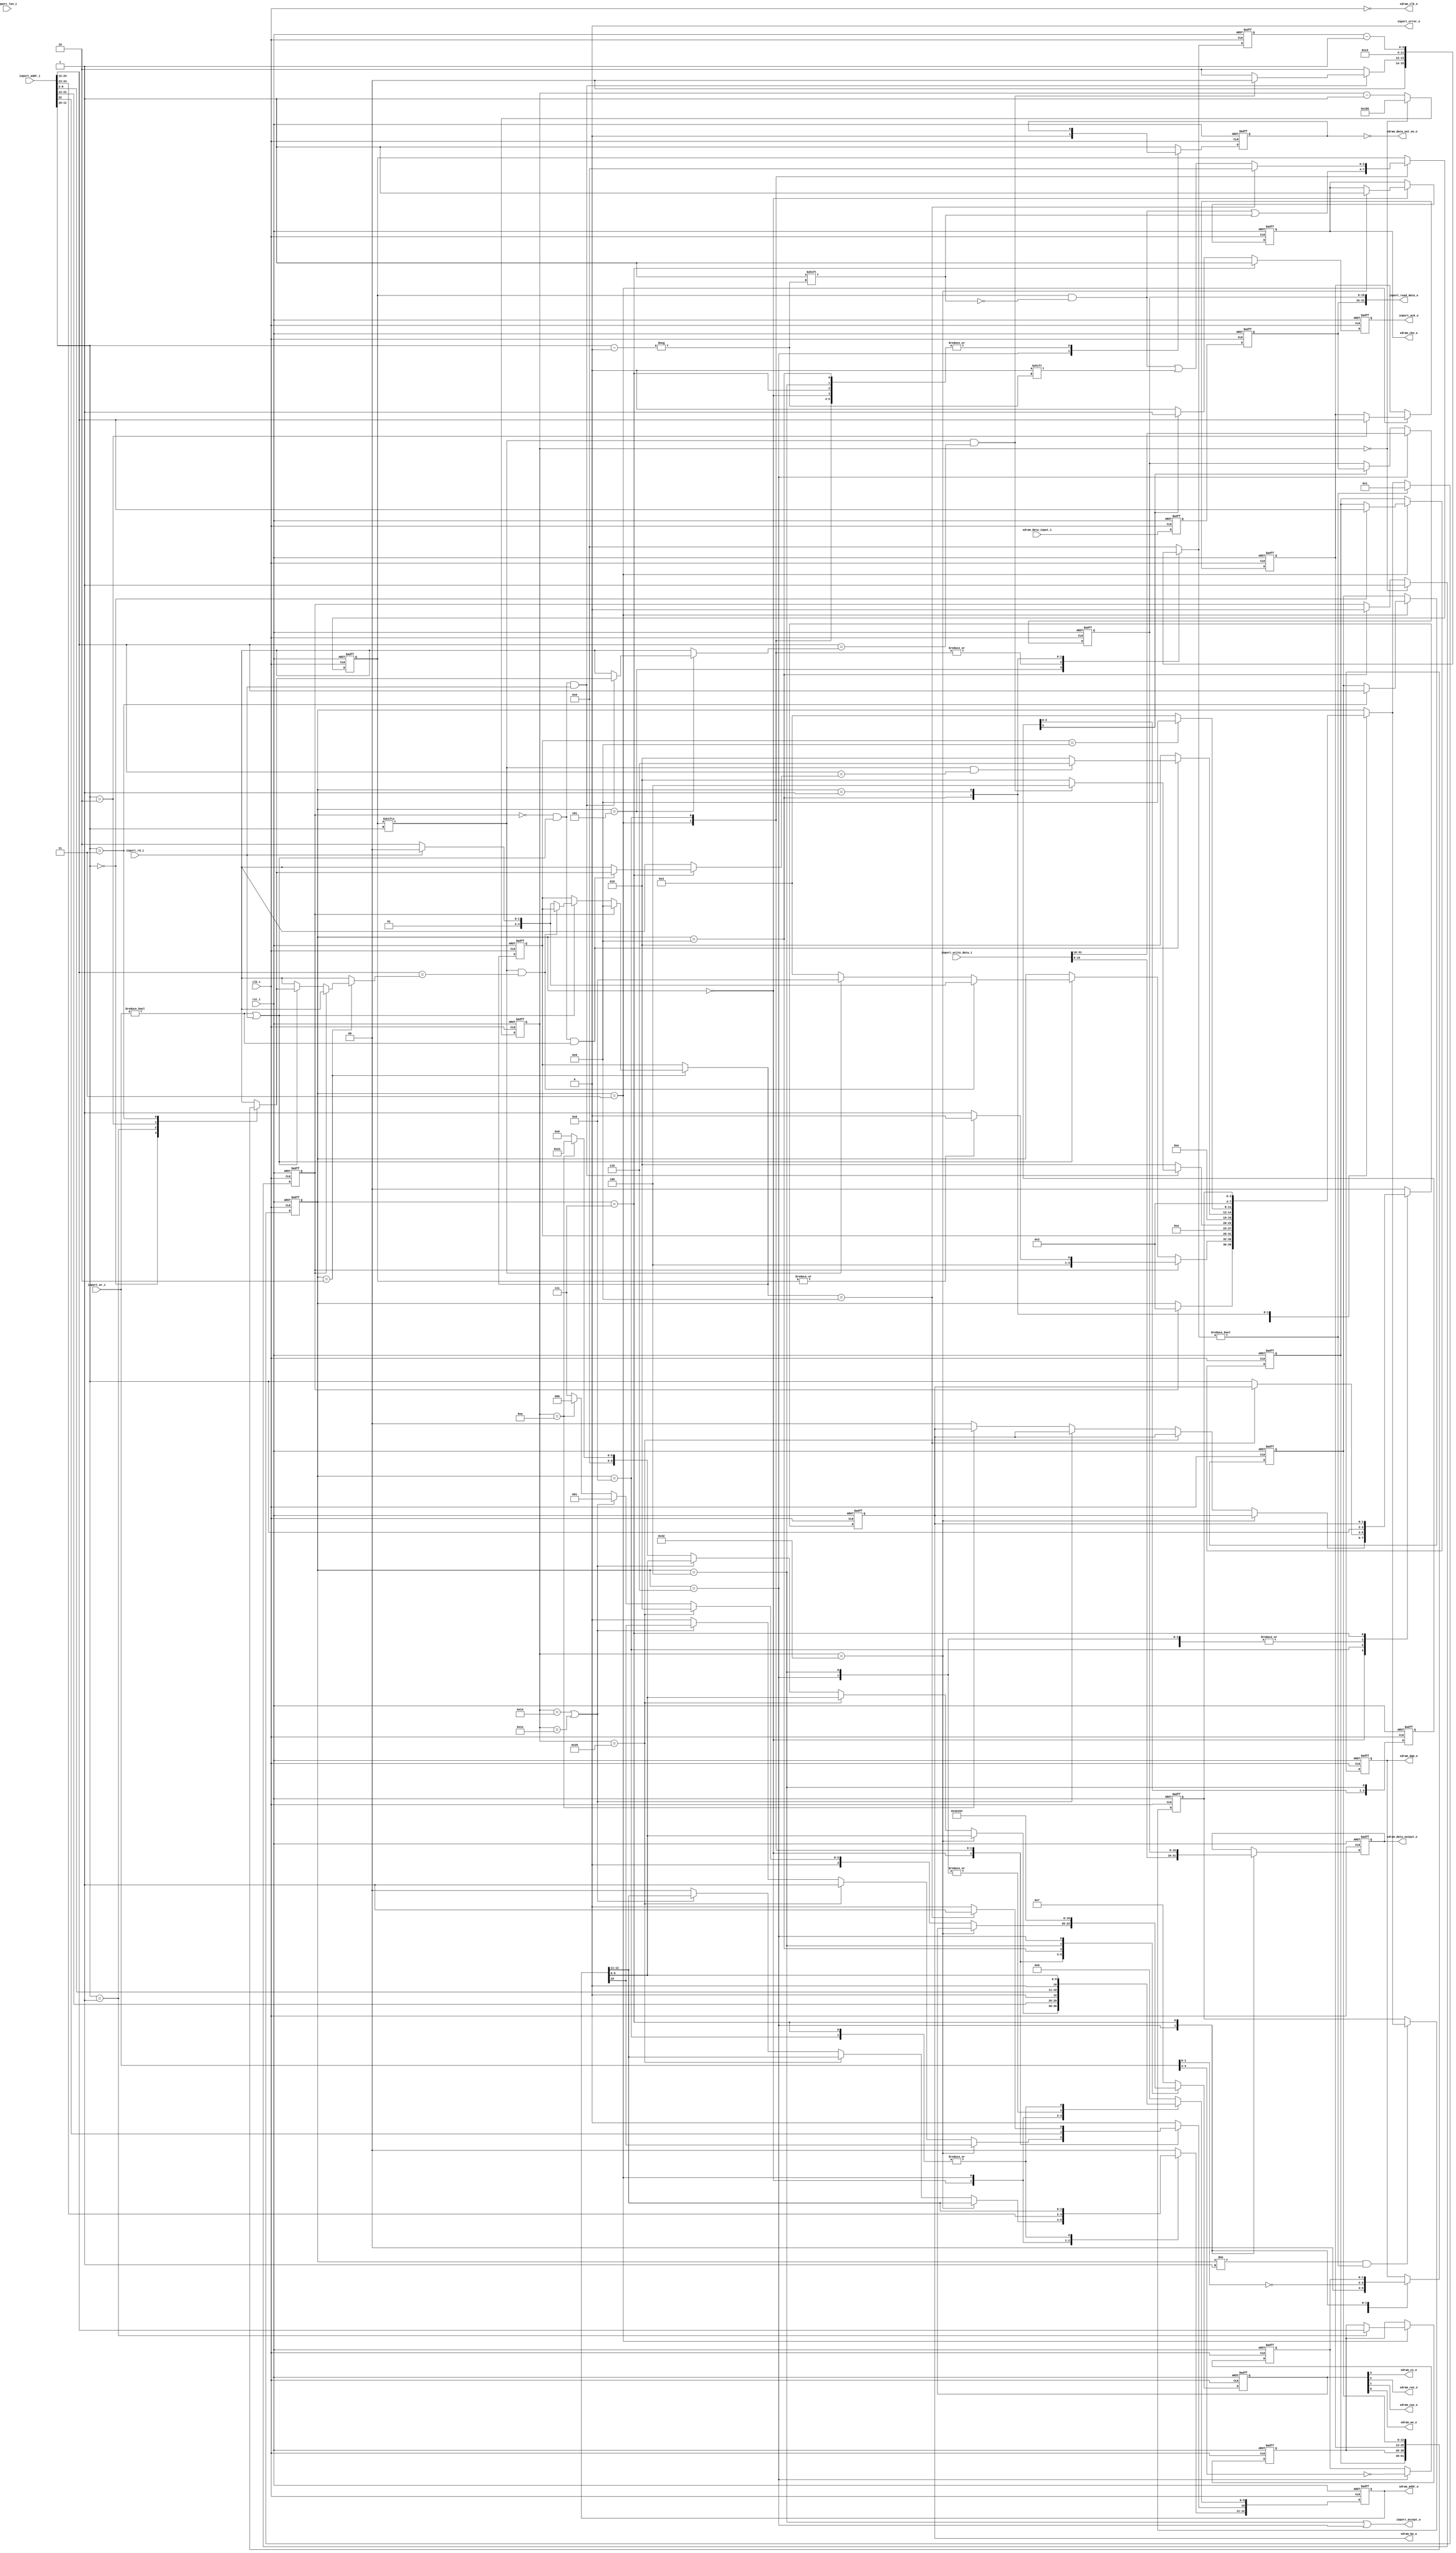
module sdram_axi_core
(
    // Inputs
     input           clk_i
    ,input           rst_i
    ,input  [  3:0]  inport_wr_i
    ,input           inport_rd_i
    ,input  [  7:0]  inport_len_i
    ,input  [ 31:0]  inport_addr_i
    ,input  [ 31:0]  inport_write_data_i
    ,input  [ 15:0]  sdram_data_input_i

    // Outputs
    ,output          inport_accept_o
    ,output          inport_ack_o
    ,output          inport_error_o
    ,output [ 31:0]  inport_read_data_o
    ,output          sdram_clk_o
    ,output          sdram_cke_o
    ,output          sdram_cs_o
    ,output          sdram_ras_o
    ,output          sdram_cas_o
    ,output          sdram_we_o
    ,output [  1:0]  sdram_dqm_o
    ,output [ 12:0]  sdram_addr_o
    ,output [  1:0]  sdram_ba_o
    ,output [ 15:0]  sdram_data_output_o
    ,output          sdram_data_out_en_o
);



//-----------------------------------------------------------------
// Key Params
//-----------------------------------------------------------------
parameter SDRAM_MHZ              = 50;
parameter SDRAM_ADDR_W           = 24;
parameter SDRAM_COL_W            = 9;
parameter SDRAM_READ_LATENCY     = 2;

//-----------------------------------------------------------------
// Defines / Local params
//-----------------------------------------------------------------
localparam SDRAM_BANK_W          = 2;
localparam SDRAM_DQM_W           = 2;
localparam SDRAM_BANKS           = 2 ** SDRAM_BANK_W;
localparam SDRAM_ROW_W           = SDRAM_ADDR_W - SDRAM_COL_W - SDRAM_BANK_W;
localparam SDRAM_REFRESH_CNT     = 2 ** SDRAM_ROW_W;
localparam SDRAM_START_DELAY     = 100000 / (1000 / SDRAM_MHZ); // 100uS
localparam SDRAM_REFRESH_CYCLES  = (64000*SDRAM_MHZ) / SDRAM_REFRESH_CNT-1;

localparam CMD_W             = 4;
localparam CMD_NOP           = 4'b0111;
localparam CMD_ACTIVE        = 4'b0011;
localparam CMD_READ          = 4'b0101;
localparam CMD_WRITE         = 4'b0100;
localparam CMD_TERMINATE     = 4'b0110;
localparam CMD_PRECHARGE     = 4'b0010;
localparam CMD_REFRESH       = 4'b0001;
localparam CMD_LOAD_MODE     = 4'b0000;

// Mode: Burst Length = 4 bytes, CAS=2
localparam MODE_REG          = {3'b000,1'b0,2'b00,3'b010,1'b0,3'b001};

// SM states
localparam STATE_W           = 4;
localparam STATE_INIT        = 4'd0;
localparam STATE_DELAY       = 4'd1;
localparam STATE_IDLE        = 4'd2;
localparam STATE_ACTIVATE    = 4'd3;
localparam STATE_READ        = 4'd4;
localparam STATE_READ_WAIT   = 4'd5;
localparam STATE_WRITE0      = 4'd6;
localparam STATE_WRITE1      = 4'd7;
localparam STATE_PRECHARGE   = 4'd8;
localparam STATE_REFRESH     = 4'd9;

localparam AUTO_PRECHARGE    = 10;
localparam ALL_BANKS         = 10;

localparam SDRAM_DATA_W      = 16;

localparam CYCLE_TIME_NS     = 1000 / SDRAM_MHZ;

// SDRAM timing
localparam SDRAM_TRCD_CYCLES = (20 + (CYCLE_TIME_NS-1)) / CYCLE_TIME_NS;
localparam SDRAM_TRP_CYCLES  = (20 + (CYCLE_TIME_NS-1)) / CYCLE_TIME_NS;
localparam SDRAM_TRFC_CYCLES = (60 + (CYCLE_TIME_NS-1)) / CYCLE_TIME_NS;

//-----------------------------------------------------------------
// External Interface
//-----------------------------------------------------------------
wire [ 31:0]  ram_addr_w       = inport_addr_i;
wire [  3:0]  ram_wr_w         = inport_wr_i;
wire          ram_rd_w         = inport_rd_i;
wire          ram_accept_w;
wire [ 31:0]  ram_write_data_w = inport_write_data_i;
wire [ 31:0]  ram_read_data_w;
wire          ram_ack_w;

wire          ram_req_w = (ram_wr_w != 4'b0) | ram_rd_w;

assign inport_ack_o       = ram_ack_w;
assign inport_read_data_o = ram_read_data_w;
assign inport_error_o     = 1'b0;
assign inport_accept_o    = ram_accept_w;

//-----------------------------------------------------------------
// Registers / Wires
//-----------------------------------------------------------------

// Xilinx placement pragmas:
//synthesis attribute IOB of command_q is "TRUE"
//synthesis attribute IOB of addr_q is "TRUE"
//synthesis attribute IOB of dqm_q is "TRUE"
//synthesis attribute IOB of cke_q is "TRUE"
//synthesis attribute IOB of bank_q is "TRUE"
//synthesis attribute IOB of data_q is "TRUE"

reg [CMD_W-1:0]        command_q;
reg [SDRAM_ROW_W-1:0]  addr_q;
reg [SDRAM_DATA_W-1:0] data_q;
reg                    data_rd_en_q;
reg [SDRAM_DQM_W-1:0]  dqm_q;
reg                    cke_q;
reg [SDRAM_BANK_W-1:0] bank_q;

// Buffer half word during read and write commands
reg [SDRAM_DATA_W-1:0] data_buffer_q;
reg [SDRAM_DQM_W-1:0]  dqm_buffer_q;

wire [SDRAM_DATA_W-1:0] sdram_data_in_w;

reg                    refresh_q;

reg [SDRAM_BANKS-1:0]  row_open_q;
reg [SDRAM_ROW_W-1:0]  active_row_q[0:SDRAM_BANKS-1];

reg  [STATE_W-1:0]     state_q;
reg  [STATE_W-1:0]     next_state_r;
reg  [STATE_W-1:0]     target_state_r;
reg  [STATE_W-1:0]     target_state_q;
reg  [STATE_W-1:0]     delay_state_q;

// Address bits
wire [SDRAM_ROW_W-1:0]  addr_col_w  = {{(SDRAM_ROW_W-SDRAM_COL_W){1'b0}}, ram_addr_w[SDRAM_COL_W:2], 1'b0};
wire [SDRAM_ROW_W-1:0]  addr_row_w  = ram_addr_w[SDRAM_ADDR_W:SDRAM_COL_W+2+1];
wire [SDRAM_BANK_W-1:0] addr_bank_w = ram_addr_w[SDRAM_COL_W+2:SDRAM_COL_W+2-1];

//-----------------------------------------------------------------
// SDRAM State Machine
//-----------------------------------------------------------------
always @ *
begin
    next_state_r   = state_q;
    target_state_r = target_state_q;

    case (state_q)
    //-----------------------------------------
    // STATE_INIT
    //-----------------------------------------
    STATE_INIT :
    begin
        if (refresh_q)
            next_state_r = STATE_IDLE;
    end
    //-----------------------------------------
    // STATE_IDLE
    //-----------------------------------------
    STATE_IDLE :
    begin
        // Pending refresh
        // Note: tRAS (open row time) cannot be exceeded due to periodic
        //        auto refreshes.
        if (refresh_q)
        begin
            // Close open rows, then refresh
            if (|row_open_q)
                next_state_r = STATE_PRECHARGE;
            else
                next_state_r = STATE_REFRESH;

            target_state_r = STATE_REFRESH;
        end
        // Access request
        else if (ram_req_w)
        begin
            // Open row hit
            if (row_open_q[addr_bank_w] && addr_row_w == active_row_q[addr_bank_w])
            begin
                if (!ram_rd_w)
                    next_state_r = STATE_WRITE0;
                else
                    next_state_r = STATE_READ;
            end
            // Row miss, close row, open new row
            else if (row_open_q[addr_bank_w])
            begin
                next_state_r   = STATE_PRECHARGE;

                if (!ram_rd_w)
                    target_state_r = STATE_WRITE0;
                else
                    target_state_r = STATE_READ;
            end
            // No open row, open row
            else
            begin
                next_state_r   = STATE_ACTIVATE;

                if (!ram_rd_w)
                    target_state_r = STATE_WRITE0;
                else
                    target_state_r = STATE_READ;
            end
        end
    end
    //-----------------------------------------
    // STATE_ACTIVATE
    //-----------------------------------------
    STATE_ACTIVATE :
    begin
        // Proceed to read or write state
        next_state_r = target_state_r;
    end
    //-----------------------------------------
    // STATE_READ
    //-----------------------------------------
    STATE_READ :
    begin
        next_state_r = STATE_READ_WAIT;
    end
    //-----------------------------------------
    // STATE_READ_WAIT
    //-----------------------------------------
    STATE_READ_WAIT :
    begin
        next_state_r = STATE_IDLE;

        // Another pending read request (with no refresh pending)
        if (!refresh_q && ram_req_w && ram_rd_w)
        begin
            // Open row hit
            if (row_open_q[addr_bank_w] && addr_row_w == active_row_q[addr_bank_w])
                next_state_r = STATE_READ;
        end
    end
    //-----------------------------------------
    // STATE_WRITE0
    //-----------------------------------------
    STATE_WRITE0 :
    begin
        next_state_r = STATE_WRITE1;
    end
    //-----------------------------------------
    // STATE_WRITE1
    //-----------------------------------------
    STATE_WRITE1 :
    begin
        next_state_r = STATE_IDLE;

        // Another pending write request (with no refresh pending)
        if (!refresh_q && ram_req_w && (ram_wr_w != 4'b0))
        begin
            // Open row hit
            if (row_open_q[addr_bank_w] && addr_row_w == active_row_q[addr_bank_w])
                next_state_r = STATE_WRITE0;
        end
    end
    //-----------------------------------------
    // STATE_PRECHARGE
    //-----------------------------------------
    STATE_PRECHARGE :
    begin
        // Closing row to perform refresh
        if (target_state_r == STATE_REFRESH)
            next_state_r = STATE_REFRESH;
        // Must be closing row to open another
        else
            next_state_r = STATE_ACTIVATE;
    end
    //-----------------------------------------
    // STATE_REFRESH
    //-----------------------------------------
    STATE_REFRESH :
    begin
        next_state_r = STATE_IDLE;
    end
    //-----------------------------------------
    // STATE_DELAY
    //-----------------------------------------
    STATE_DELAY :
    begin
        next_state_r = delay_state_q;
    end
    default:
        ;
   endcase
end

//-----------------------------------------------------------------
// Delays
//-----------------------------------------------------------------
localparam DELAY_W = 4;

reg [DELAY_W-1:0] delay_q;
reg [DELAY_W-1:0] delay_r;

/* verilator lint_off WIDTH */

always @ *
begin
    case (state_q)
    //-----------------------------------------
    // STATE_ACTIVATE
    //-----------------------------------------
    STATE_ACTIVATE :
    begin
        // tRCD (ACTIVATE -> READ / WRITE)
        delay_r = SDRAM_TRCD_CYCLES;        
    end
    //-----------------------------------------
    // STATE_READ_WAIT
    //-----------------------------------------
    STATE_READ_WAIT :
    begin
        delay_r = SDRAM_READ_LATENCY;

        // Another pending read request (with no refresh pending)
        if (!refresh_q && ram_req_w && ram_rd_w)
        begin
            // Open row hit
            if (row_open_q[addr_bank_w] && addr_row_w == active_row_q[addr_bank_w])
                delay_r = 4'd0;
        end        
    end    
    //-----------------------------------------
    // STATE_PRECHARGE
    //-----------------------------------------
    STATE_PRECHARGE :
    begin
        // tRP (PRECHARGE -> ACTIVATE)
        delay_r = SDRAM_TRP_CYCLES;
    end
    //-----------------------------------------
    // STATE_REFRESH
    //-----------------------------------------
    STATE_REFRESH :
    begin
        // tRFC
        delay_r = SDRAM_TRFC_CYCLES;
    end
    //-----------------------------------------
    // STATE_DELAY
    //-----------------------------------------
    STATE_DELAY:
    begin
        delay_r = delay_q - 4'd1;  
    end
    //-----------------------------------------
    // Others
    //-----------------------------------------
    default:
    begin
        delay_r = {DELAY_W{1'b0}};
    end
    endcase
end
/* verilator lint_on WIDTH */

// Record target state
always @ (posedge clk_i or posedge rst_i)
if (rst_i)
    target_state_q   <= STATE_IDLE;
else
    target_state_q   <= target_state_r;

// Record delayed state
always @ (posedge clk_i or posedge rst_i)
if (rst_i)
    delay_state_q   <= STATE_IDLE;
// On entering into delay state, record intended next state
else if (state_q != STATE_DELAY && delay_r != {DELAY_W{1'b0}})
    delay_state_q   <= next_state_r;

// Update actual state
always @ (posedge clk_i or posedge rst_i)
if (rst_i)
    state_q   <= STATE_INIT;
// Delaying...
else if (delay_r != {DELAY_W{1'b0}})
    state_q   <= STATE_DELAY;
else
    state_q   <= next_state_r;

// Update delay flops
always @ (posedge clk_i or posedge rst_i)
if (rst_i)
    delay_q   <= {DELAY_W{1'b0}};
else
    delay_q   <= delay_r;

//-----------------------------------------------------------------
// Refresh counter
//-----------------------------------------------------------------
localparam REFRESH_CNT_W = 17;

reg [REFRESH_CNT_W-1:0] refresh_timer_q;
always @ (posedge clk_i or posedge rst_i)
if (rst_i)
    refresh_timer_q <= SDRAM_START_DELAY + 100;
else if (refresh_timer_q == {REFRESH_CNT_W{1'b0}})
    refresh_timer_q <= SDRAM_REFRESH_CYCLES;
else
    refresh_timer_q <= refresh_timer_q - 1;

always @ (posedge clk_i or posedge rst_i)
if (rst_i)
    refresh_q <= 1'b0;
else if (refresh_timer_q == {REFRESH_CNT_W{1'b0}})
    refresh_q <= 1'b1;
else if (state_q == STATE_REFRESH)
    refresh_q <= 1'b0;

//-----------------------------------------------------------------
// Input sampling
//-----------------------------------------------------------------

reg [SDRAM_DATA_W-1:0] sample_data0_q;
always @ (posedge clk_i or posedge rst_i)
if (rst_i)
    sample_data0_q <= {SDRAM_DATA_W{1'b0}};
else
    sample_data0_q <= sdram_data_in_w;

reg [SDRAM_DATA_W-1:0] sample_data_q;
always @ (posedge clk_i or posedge rst_i)
if (rst_i)
    sample_data_q <= {SDRAM_DATA_W{1'b0}};
else
    sample_data_q <= sample_data0_q;

//-----------------------------------------------------------------
// Command Output
//-----------------------------------------------------------------
integer idx;

always @ (posedge clk_i or posedge rst_i)
if (rst_i)
begin
    command_q       <= CMD_NOP;
    data_q          <= 16'b0;
    addr_q          <= {SDRAM_ROW_W{1'b0}};
    bank_q          <= {SDRAM_BANK_W{1'b0}};
    cke_q           <= 1'b0; 
    dqm_q           <= {SDRAM_DQM_W{1'b0}};
    data_rd_en_q    <= 1'b1;
    dqm_buffer_q    <= {SDRAM_DQM_W{1'b0}};

    for (idx=0;idx<SDRAM_BANKS;idx=idx+1)
        active_row_q[idx] <= {SDRAM_ROW_W{1'b0}};

    row_open_q      <= {SDRAM_BANKS{1'b0}};
end
else
begin
    case (state_q)
    //-----------------------------------------
    // STATE_IDLE / Default (delays)
    //-----------------------------------------
    default:
    begin
        // Default
        command_q    <= CMD_NOP;
        addr_q       <= {SDRAM_ROW_W{1'b0}};
        bank_q       <= {SDRAM_BANK_W{1'b0}};
        data_rd_en_q <= 1'b1;
    end
    //-----------------------------------------
    // STATE_INIT
    //-----------------------------------------
    STATE_INIT:
    begin
        // Assert CKE
        if (refresh_timer_q == 50)
        begin
            // Assert CKE after 100uS
            cke_q <= 1'b1;
        end
        // PRECHARGE
        else if (refresh_timer_q == 40)
        begin
            // Precharge all banks
            command_q           <= CMD_PRECHARGE;
            addr_q[ALL_BANKS]   <= 1'b1;
        end
        // 2 x REFRESH (with at least tREF wait)
        else if (refresh_timer_q == 20 || refresh_timer_q == 30)
        begin
            command_q <= CMD_REFRESH;
        end
        // Load mode register
        else if (refresh_timer_q == 10)
        begin
            command_q <= CMD_LOAD_MODE;
            addr_q    <= MODE_REG;
        end
        // Other cycles during init - just NOP
        else
        begin
            command_q   <= CMD_NOP;
            addr_q      <= {SDRAM_ROW_W{1'b0}};
            bank_q      <= {SDRAM_BANK_W{1'b0}};
        end
    end
    //-----------------------------------------
    // STATE_ACTIVATE
    //-----------------------------------------
    STATE_ACTIVATE :
    begin
        // Select a row and activate it
        command_q     <= CMD_ACTIVE;
        addr_q        <= addr_row_w;
        bank_q        <= addr_bank_w;

        active_row_q[addr_bank_w]  <= addr_row_w;
        row_open_q[addr_bank_w]    <= 1'b1;
    end
    //-----------------------------------------
    // STATE_PRECHARGE
    //-----------------------------------------
    STATE_PRECHARGE :
    begin
        // Precharge due to refresh, close all banks
        if (target_state_r == STATE_REFRESH)
        begin
            // Precharge all banks
            command_q           <= CMD_PRECHARGE;
            addr_q[ALL_BANKS]   <= 1'b1;
            row_open_q          <= {SDRAM_BANKS{1'b0}};
        end
        else
        begin
            // Precharge specific banks
            command_q           <= CMD_PRECHARGE;
            addr_q[ALL_BANKS]   <= 1'b0;
            bank_q              <= addr_bank_w;

            row_open_q[addr_bank_w] <= 1'b0;
        end
    end
    //-----------------------------------------
    // STATE_REFRESH
    //-----------------------------------------
    STATE_REFRESH :
    begin
        // Auto refresh
        command_q   <= CMD_REFRESH;
        addr_q      <= {SDRAM_ROW_W{1'b0}};
        bank_q      <= {SDRAM_BANK_W{1'b0}};        
    end
    //-----------------------------------------
    // STATE_READ
    //-----------------------------------------
    STATE_READ :
    begin
        command_q   <= CMD_READ;
        addr_q      <= addr_col_w;
        bank_q      <= addr_bank_w;

        // Disable auto precharge (auto close of row)
        addr_q[AUTO_PRECHARGE]  <= 1'b0;

        // Read mask (all bytes in burst)
        dqm_q       <= {SDRAM_DQM_W{1'b0}};
    end
    //-----------------------------------------
    // STATE_WRITE0
    //-----------------------------------------
    STATE_WRITE0 :
    begin
        command_q       <= CMD_WRITE;
        addr_q          <= addr_col_w;
        bank_q          <= addr_bank_w;
        data_q          <= ram_write_data_w[15:0];

        // Disable auto precharge (auto close of row)
        addr_q[AUTO_PRECHARGE]  <= 1'b0;

        // Write mask
        dqm_q           <= ~ram_wr_w[1:0];
        dqm_buffer_q    <= ~ram_wr_w[3:2];

        data_rd_en_q    <= 1'b0;
    end
    //-----------------------------------------
    // STATE_WRITE1
    //-----------------------------------------
    STATE_WRITE1 :
    begin
        // Burst continuation
        command_q   <= CMD_NOP;

        data_q      <= data_buffer_q;

        // Disable auto precharge (auto close of row)
        addr_q[AUTO_PRECHARGE]  <= 1'b0;

        // Write mask
        dqm_q       <= dqm_buffer_q;
    end
    endcase
end

//-----------------------------------------------------------------
// Record read events
//-----------------------------------------------------------------
reg [SDRAM_READ_LATENCY+1:0]  rd_q;

always @ (posedge clk_i or posedge rst_i)
if (rst_i)
    rd_q    <= {(SDRAM_READ_LATENCY+2){1'b0}};
else
    rd_q    <= {rd_q[SDRAM_READ_LATENCY:0], (state_q == STATE_READ)};

//-----------------------------------------------------------------
// Data Buffer
//-----------------------------------------------------------------

// Buffer upper 16-bits of write data so write command can be accepted
// in WRITE0. Also buffer lower 16-bits of read data.
always @ (posedge clk_i or posedge rst_i)
if (rst_i)
    data_buffer_q <= 16'b0;
else if (state_q == STATE_WRITE0)
    data_buffer_q <= ram_write_data_w[31:16];
else if (rd_q[SDRAM_READ_LATENCY+1])
    data_buffer_q <= sample_data_q;

// Read data output
assign ram_read_data_w = {sample_data_q, data_buffer_q};

//-----------------------------------------------------------------
// ACK
//-----------------------------------------------------------------
reg ack_q;

always @ (posedge clk_i or posedge rst_i)
if (rst_i)
    ack_q   <= 1'b0;
else
begin
    if (state_q == STATE_WRITE1)
        ack_q <= 1'b1;
    else if (rd_q[SDRAM_READ_LATENCY+1])
        ack_q <= 1'b1;
    else
        ack_q <= 1'b0;
end

assign ram_ack_w = ack_q;

// Accept command in READ or WRITE0 states
assign ram_accept_w = (state_q == STATE_READ || state_q == STATE_WRITE0);

//-----------------------------------------------------------------
// SDRAM I/O
//-----------------------------------------------------------------
assign sdram_clk_o           = ~clk_i;
assign sdram_data_out_en_o   = ~data_rd_en_q;
assign sdram_data_output_o   =  data_q;
assign sdram_data_in_w       = sdram_data_input_i;

assign sdram_cke_o  = cke_q;
assign sdram_cs_o   = command_q[3];
assign sdram_ras_o  = command_q[2];
assign sdram_cas_o  = command_q[1];
assign sdram_we_o   = command_q[0];
assign sdram_dqm_o  = dqm_q;
assign sdram_ba_o   = bank_q;
assign sdram_addr_o = addr_q;

//-----------------------------------------------------------------
// Simulation only
//-----------------------------------------------------------------
`ifdef verilator
reg [79:0] dbg_state;

always @ *
begin
    case (state_q)
    STATE_INIT        : dbg_state = "INIT";
    STATE_DELAY       : dbg_state = "DELAY";
    STATE_IDLE        : dbg_state = "IDLE";
    STATE_ACTIVATE    : dbg_state = "ACTIVATE";
    STATE_READ        : dbg_state = "READ";
    STATE_READ_WAIT   : dbg_state = "READ_WAIT";
    STATE_WRITE0      : dbg_state = "WRITE0";
    STATE_WRITE1      : dbg_state = "WRITE1";
    STATE_PRECHARGE   : dbg_state = "PRECHARGE";
    STATE_REFRESH     : dbg_state = "REFRESH";
    default           : dbg_state = "UNKNOWN";
    endcase
end
`endif


endmodule